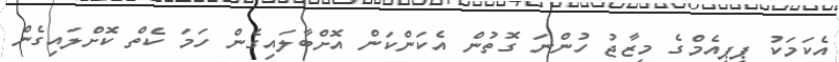
އެކަމަކު ޕީޕީއެމްގެ މިޒާޖު ހުންނަ ގޮތުން އެކަންކަން އޮށްބާލައިގެން ހަމަ ކެތް ކޮށްލައިގެން